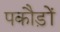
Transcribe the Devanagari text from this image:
पकौड़ों